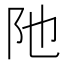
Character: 阤